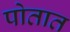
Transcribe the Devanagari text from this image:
पोतात